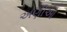
અણીઓ